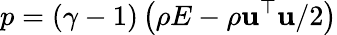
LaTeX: p=(\gamma-1)\left(\rho E-\rho\mathbf{u}^{\top}\mathbf{u}/2\right)